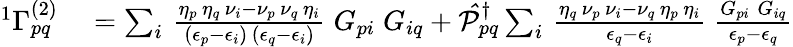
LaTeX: \begin{array}{rl}{{^{1}{\Gamma}_{pq}^{(2)}}}&{{}=\sum_{i}\, \frac{\eta_{p}\, \eta_{q}\, \nu_{i}-\nu_{p}\, \nu_{q}\, \eta_{i}}{(\epsilon_{p}-\epsilon_{i})\, (\epsilon_{q}-\epsilon_{i})}\; G_{pi}\; G_{iq}+\mathcal{\hat{P}}_{pq}^{\dagger}\sum_{i}\, \frac{\eta_{q}\, \nu_{p}\, \nu_{i}-\nu_{q}\, \eta_{p}\, \eta_{i}}{\epsilon_{q}-\epsilon_{i}}\; \frac{G_{pi}\; G_{iq}}{\epsilon_{p}-\epsilon_{q}}}\end{array}